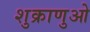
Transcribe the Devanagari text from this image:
शुक्राणुओ